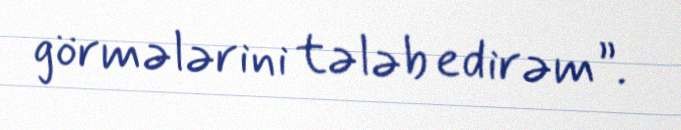
görmələrini tələb edirəm”.